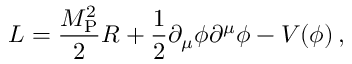
{ \cal L } = \frac { M _ { \mathrm { P } } ^ { 2 } } { 2 } R + \frac { 1 } { 2 } \partial _ { \mu } \phi \partial ^ { \mu } \phi - V ( \phi ) \, ,